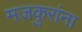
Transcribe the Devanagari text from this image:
मजकुरांना